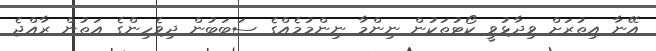
އޭނާ އިތުރަށް ވިދާޅުވީ ކޯޓުތަކުން ނިންމާ ނިންމުމެއްގެ ސަބަބުން ދިވެހިންގެ އަތުން ރާއްޖެ